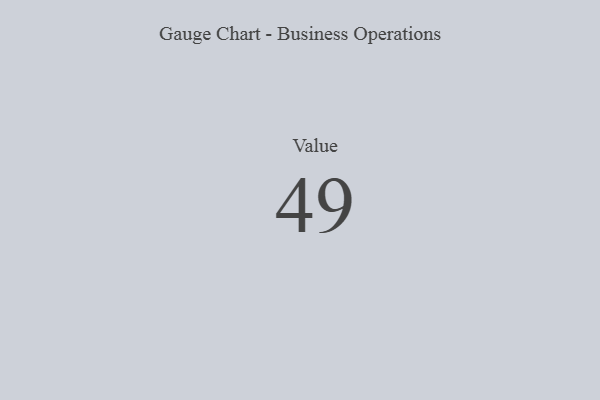
{"axis": {"x": "Metric", "y": "Value"}, "legend": [""], "data": [{"x": "Value", "y": 49, "type": ""}]}